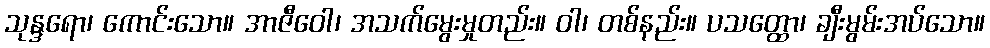
သုန္ဒရော၊ ကောင်းသော။ အာဇီဝေါ၊ အသက်မွေးမှုတည်း။ ဝါ၊ တစ်နည်း။ ပသတ္ထော၊ ချီးမွမ်းအပ်သော။